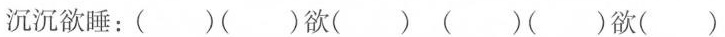
沉沉欲睡:( )( )欲( ) ( )( )欲